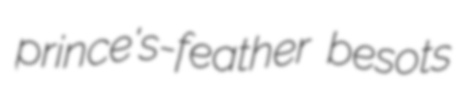
prince's-feather besots